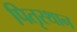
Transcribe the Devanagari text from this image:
पितृस्थान